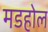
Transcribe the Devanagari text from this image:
मडहोल